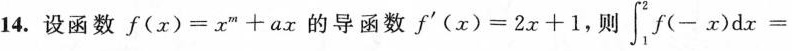
14.设函数$$f(x)=x^{m}+ax$$的导函数$$f^{\prime}(x)=2x+1$$,则 $$\int_{1}^{2}f(-x)dx=$$